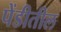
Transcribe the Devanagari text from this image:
पेंडीतील